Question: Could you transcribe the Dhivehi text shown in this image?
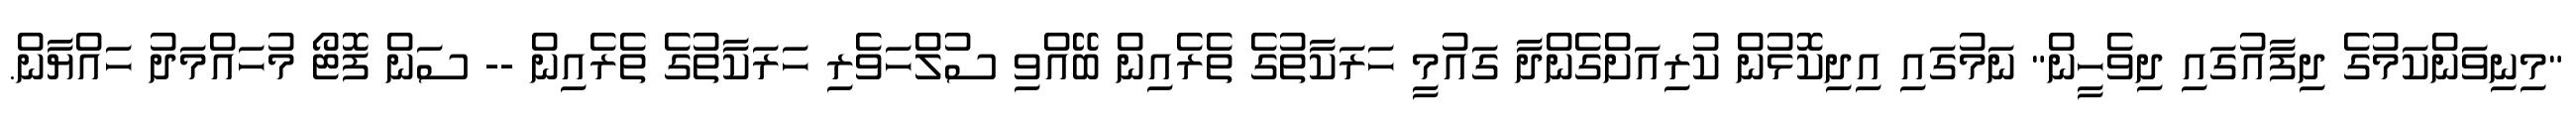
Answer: "މިނިވަންކަމުގެ ދިފާއުގައި ދިވެހީން" ނަމުގައި އިދިކޮޅުން ކުރިއަށްގެންދާ ގައުމީ ހަރަކާތުގެ ތެރެއިން ބޭއްވި ސުލްހަވެރި ހަރަކާތުގެ ތެރެއިން -- ސަން ފޮޓޯ މުހައްމަދު ހައްޔާން.